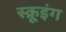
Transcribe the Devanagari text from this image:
स्क्रूइंग